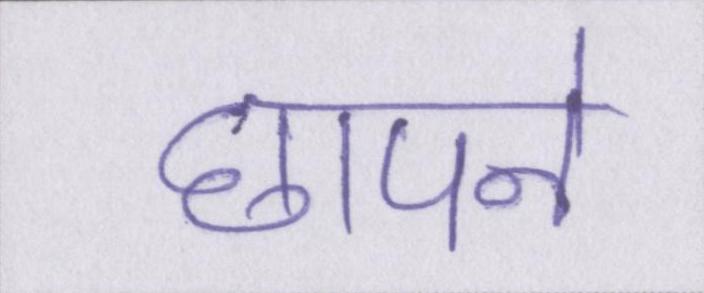
छापने